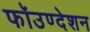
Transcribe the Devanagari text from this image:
फॉउण्देशन